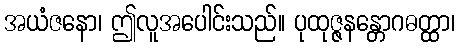
အယံဇနော၊ ဤလူအပေါင်းသည်။ ပုထုဇ္ဇနန္တောဂဓတ္ထာ၊